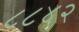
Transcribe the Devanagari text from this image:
८८४२